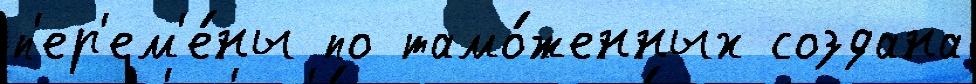
п'ер'ем'е́ны по тамо́женных создана